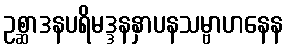
ဥစ္ဆာဒနပရိမဒ္ဒနနှာပနသမ္ဗာဟနေန